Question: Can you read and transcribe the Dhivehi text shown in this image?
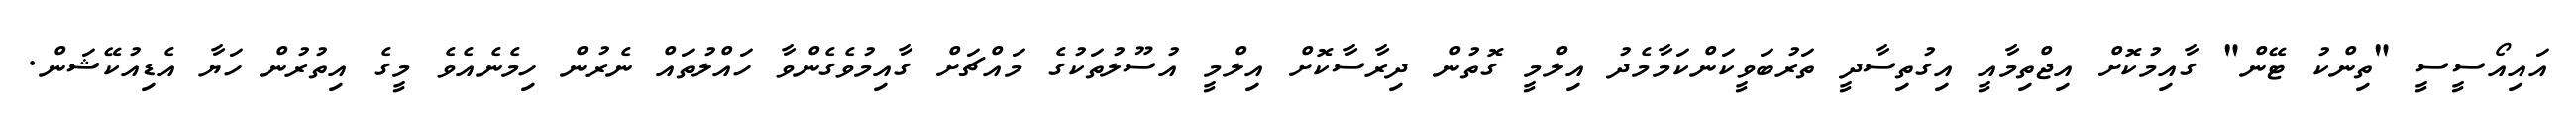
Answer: އައިއޯސީސީ "ތިންކު ޓޭން" ގާއިމުކޮށް އިޖްތިމާއީ އިގުތިސާދީ ތަރުބަވީކަންކަމާމެދު އިލްމީ ގޮތުން ދިރާސާކޮށް އިލްމީ އުސޫލުތަކުގެ މައްޗަށް ގާއިމުވެގެންވާ ހައްލުތައް ނެރުން ހިމެނެއެވެ މީގެ އިތުރުން ހަޔާ އެޑިއުކޭޝަން.